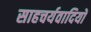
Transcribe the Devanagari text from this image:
साहचर्यवादियों